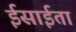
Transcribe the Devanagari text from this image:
ईसाईता